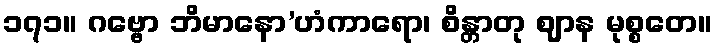
၁၇၁။ ဂဗ္ဗော ဘိမာနော’ဟံကာရော၊ စိန္တာတု ဈာန မုစ္စတေ။